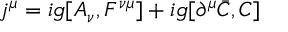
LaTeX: j ^ { \mu } = i g [ A _ { \nu } , F ^ { \nu \mu } ] + i g [ \partial ^ { \mu } \bar { C } , C ]